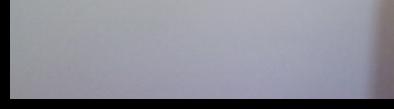
Signature authenticity: genuine